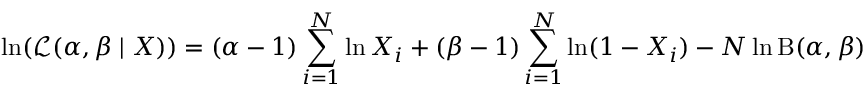
\ln ( { \mathcal { L } } ( \alpha , \beta \mid X ) ) = ( \alpha - 1 ) \sum _ { i = 1 } ^ { N } \ln X _ { i } + ( \beta - 1 ) \sum _ { i = 1 } ^ { N } \ln ( 1 - X _ { i } ) - N \ln \mathrm { B } ( \alpha , \beta )